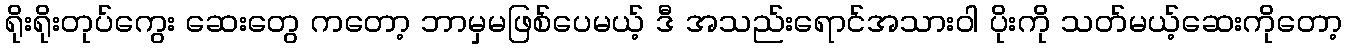
ရိုးရိုးတုပ်ကွေး ဆေးတွေ ကတော့ ဘာမှမဖြစ်ပေမယ့် ဒီ အသည်းရောင်အသားဝါ ပိုးကို သတ်မယ့်ဆေးကိုတော့